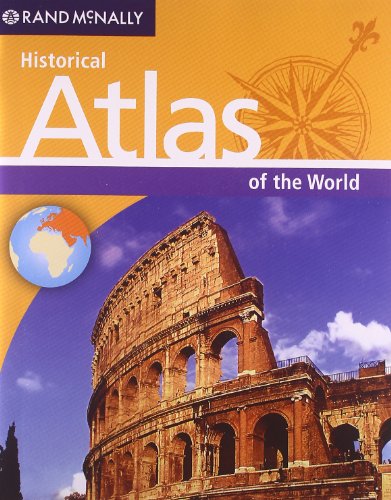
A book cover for Rand McNally's Historical Atlas of the World; Rand McNally; History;